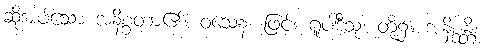
ဆိုအပ်သော အနိစ္စတာ၏။ ဝသေန၊ ဖြင့်။ ရူပါဒီသု၊ တို့၌။ အနိစ္စန္တိ၊